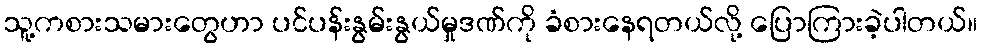
သူ့ကစားသမားတွေဟာ ပင်ပန်းနွမ်းနွယ်မှုဒဏ်ကို ခံစားနေရတယ်လို့ ပြောကြားခဲ့ပါတယ်။